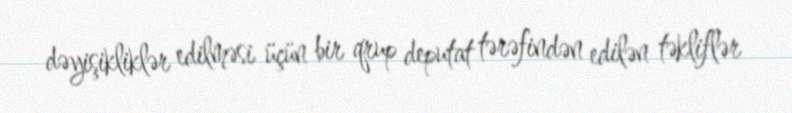
dəyişikliklər edilməsi üçün bir qrup deputat tərəfindən edilən təkliflər